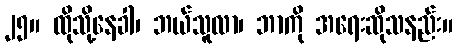
၂၅။ ထိုသို့နေခါ၊ ဘယ်သူလာ၊ ဘာကို အရေးဆိုသနည်း။